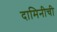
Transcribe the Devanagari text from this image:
दामिनीची